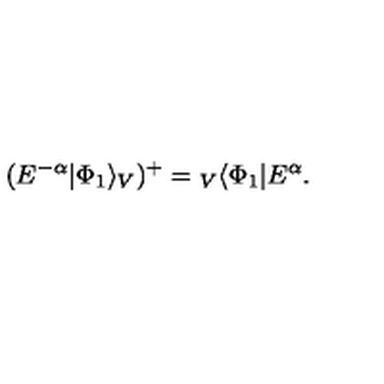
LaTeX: ( E ^ { - \alpha } | \Phi _ { 1 } \rangle _ { V } ) ^ { + } = { } _ { V } \langle \Phi _ { 1 } | E ^ { \alpha } .